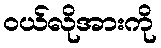
ဝယ်လိုအားကို